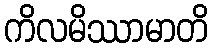
ကိလမိဿာမာတိ